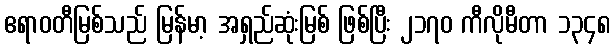
ဧရာဝတီမြစ်သည် မြန်မာ့ အရှည်ဆုံးမြစ် ဖြစ်ပြီး ၂၁၇၀ ကီလိုမီတာ ၁၃၄၈